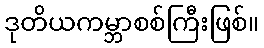
ဒုတိယကမ္ဘာစစ်ကြီးဖြစ်။